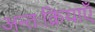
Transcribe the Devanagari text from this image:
अन्तःक्रियाएँ